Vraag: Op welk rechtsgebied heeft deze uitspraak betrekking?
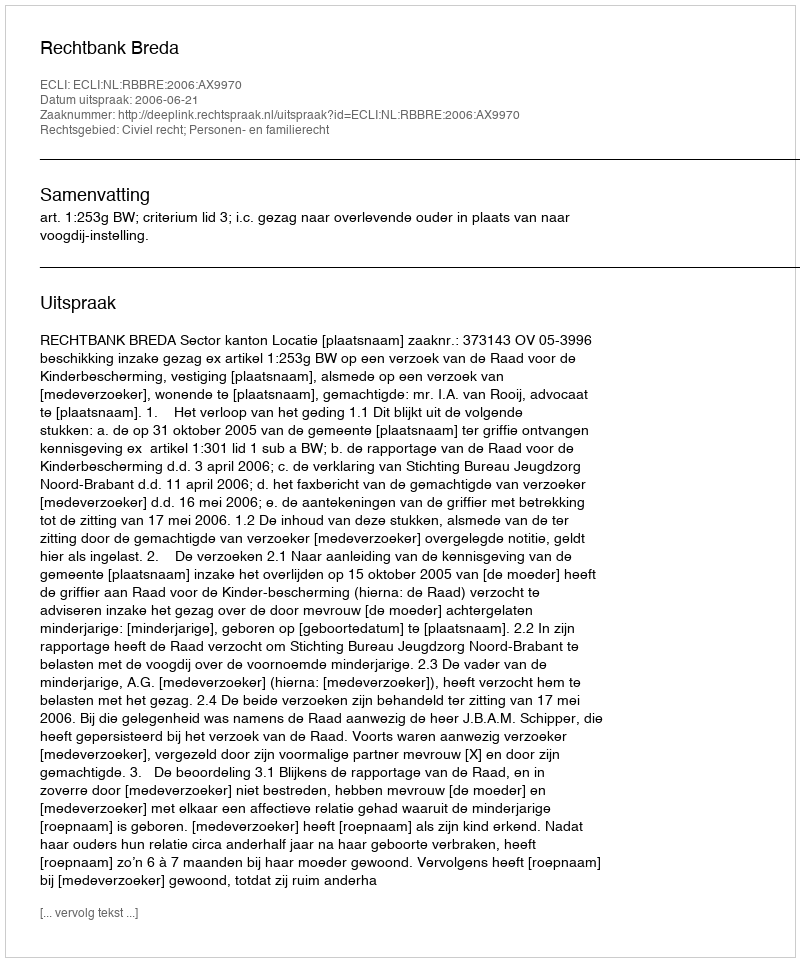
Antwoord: Civiel recht; Personen- en familierecht